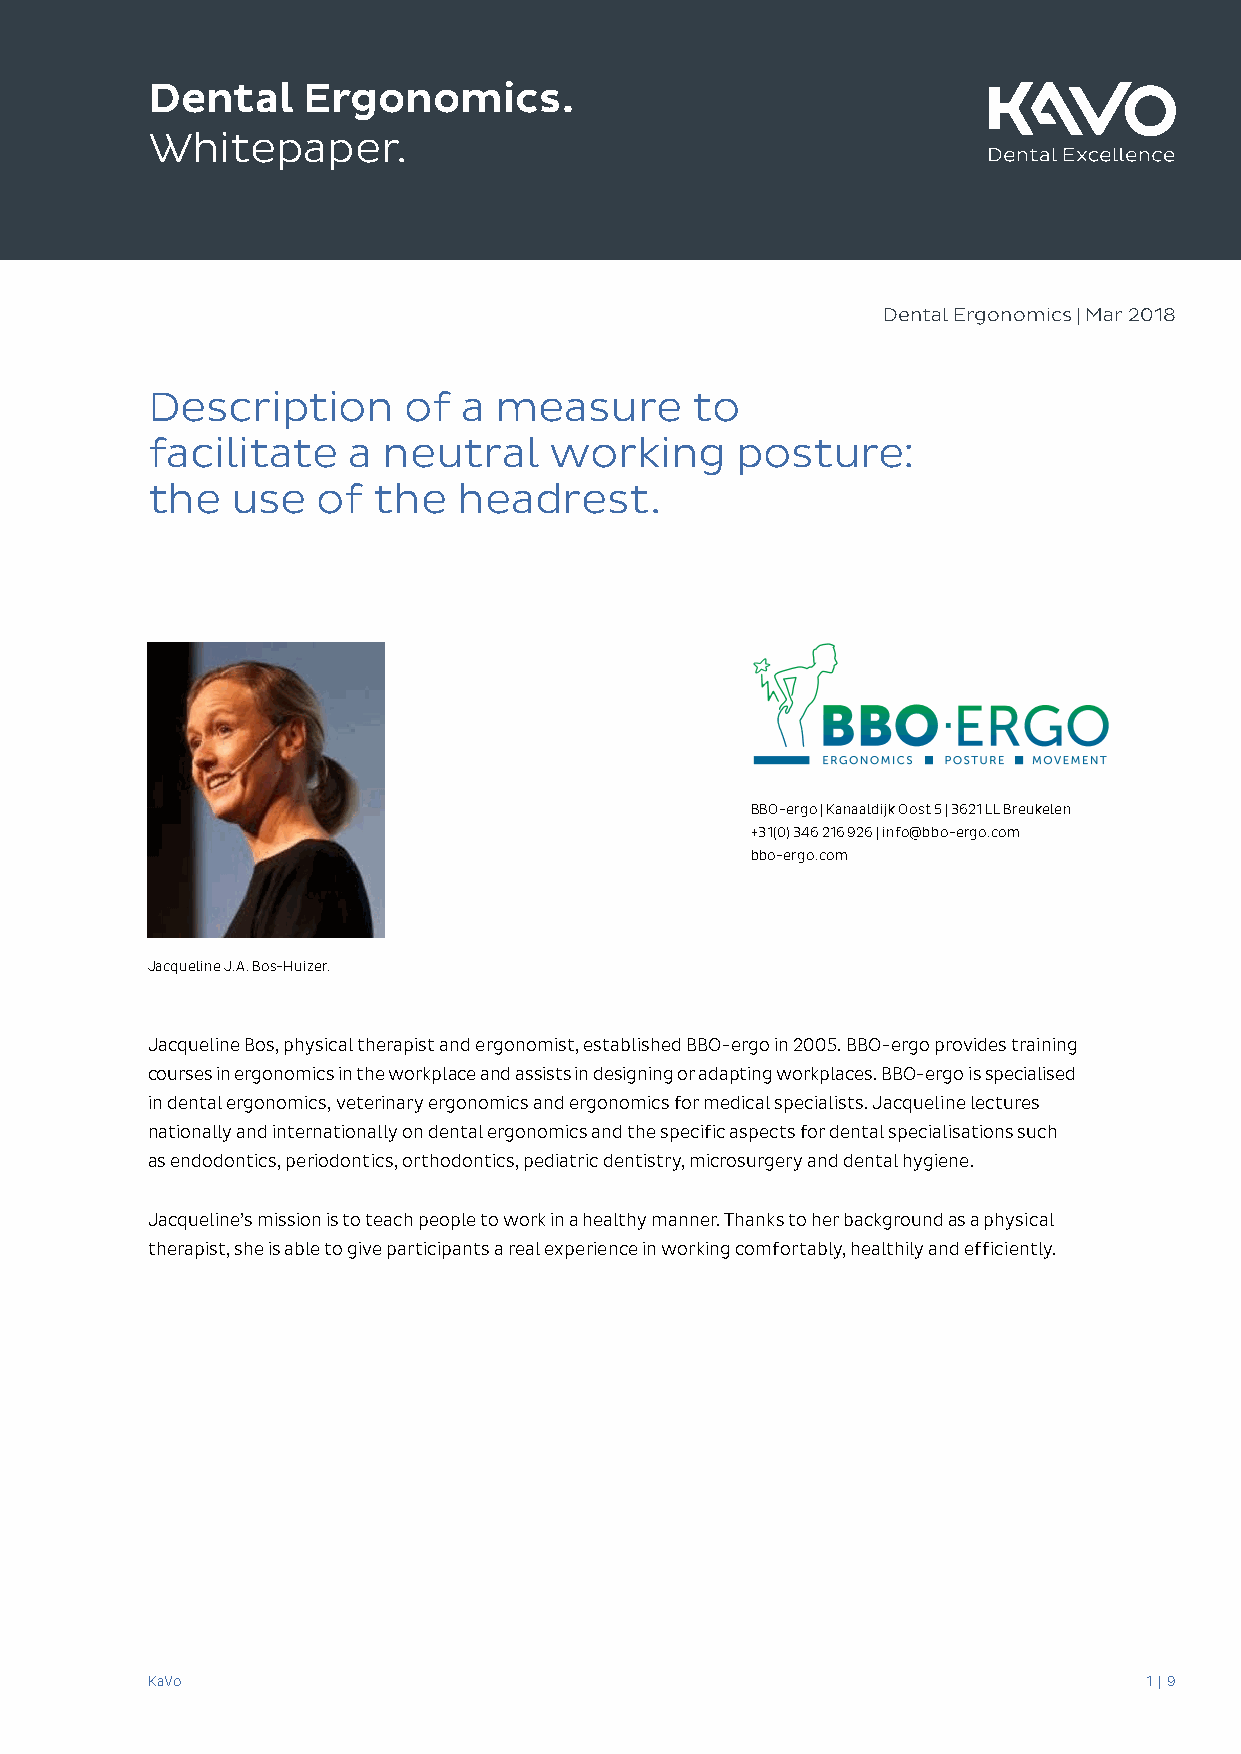
Dental    Ergonomics.
 Whitepaper.
 Dental Ergonomics | Mar 2018
 Description      of  a measure      to
 facilitate   a neutral    working      posture:
 the  use   of  the  headrest.
 BBO-ergo | Kanaaldijk Oost 5 | 3621 LL Breukelen
 +31(0) 346 216 926 | info@bbo-ergo.com
 bbo-ergo.com
 Jacqueline J.A. Bos-Huizer.
 Jacqueline Bos, physical therapist and ergonomist, established BBO-ergo in 2005. BBO-ergo provides training
 courses in ergonomics in the workplace and assists in designing or adapting workplaces. BBO-ergo is specialised
 in dental ergonomics, veterinary ergonomics and ergonomics for medical specialists. Jacqueline lectures
 nationally and internationally on dental ergonomics and the specific aspects for dental specialisations such
 as endodontics, periodontics, orthodontics, pediatric dentistry, microsurgery and dental hygiene.
 Jacqueline’s mission is to teach people to work in a healthy manner. Thanks to her background as a physical
 therapist, she is able to give participants a real experience in working comfortably, healthily and efficiently.
 KaVo                                                              1 | 9